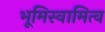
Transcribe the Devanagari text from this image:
भूमिस्वामित्व